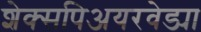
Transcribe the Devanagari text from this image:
शेक्सपिअयरवेड्या